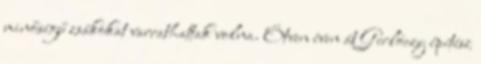
minőségű zsákokat varrathattak volna. Ötven éven át Gerlóczy építész